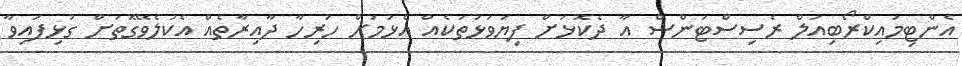
އެންޓިމައިކްރޯބިއަލް ރެސިސްޓަންސް އާ ދެކޮޅަށް ފިޔަވަޅުތަކެއް އެޅުމަށް ހުރިހާ ދާއިރާތެއް އެކުލެވޭގޮތަށް ގުޅިފައިވާ